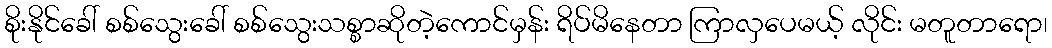
စိုးနိုင်ခေါ် စစ်သွေးခေါ် စစ်သွေးသစ္စာဆိုတဲ့ကောင်မှန်း ရိပ်မိနေတာ ကြာလှပေမယ့် လိုင်း မတူတာရော၊